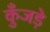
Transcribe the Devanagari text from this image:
कुँजड़े